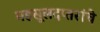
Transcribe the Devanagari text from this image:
महसूलदप्तरांचे